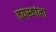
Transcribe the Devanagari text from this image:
वयस्कांना